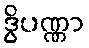
ဒွိပဏ္ဏာ